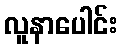
လူနာပေါင်း